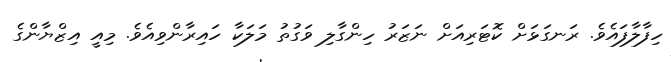
ހިފާލާފައެވެ. ރަނގަޅަށް ކޮޓަރިއަށް ނަޒަރު ހިންގާލި ވަގުތު މަލަކާ ހައިރާންވިއެވެ. މިއީ އިޒްޔާންގެ